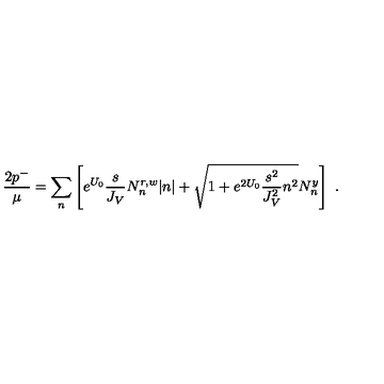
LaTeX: { \frac { 2 p ^ { - } } { \mu } } = \sum _ { n } \left[ e ^ { U _ { 0 } } { \frac { s } { J _ { V } } } N _ { n } ^ { r , w } | n | + \sqrt { 1 + e ^ { 2 U _ { 0 } } { \frac { s ^ { 2 } } { J _ { V } ^ { 2 } } } n ^ { 2 } } N _ { n } ^ { y } \right] \ .